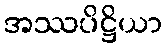
အဿပိဋ္ဌိယာ